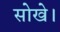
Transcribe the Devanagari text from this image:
सोखे।